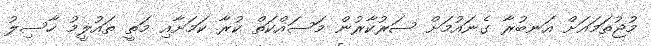
މުޖުތަމައަށް އަނބުރާ ގެނައުމަށް ސަރުކާރުން މަސައްކަތް ކުރާ ކަމަށާއި މަތީ ތައުލީމު ހާސިލު